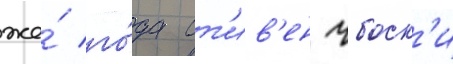
же́ го́да ст'ив'ен чбоск'и